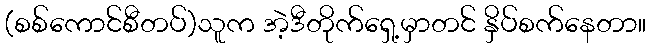
(စစ်ကောင်စီတပ်)သူက အဲ့ဒီတိုက်ရှေ့မှာတင် နှိပ်စက်နေတာ။